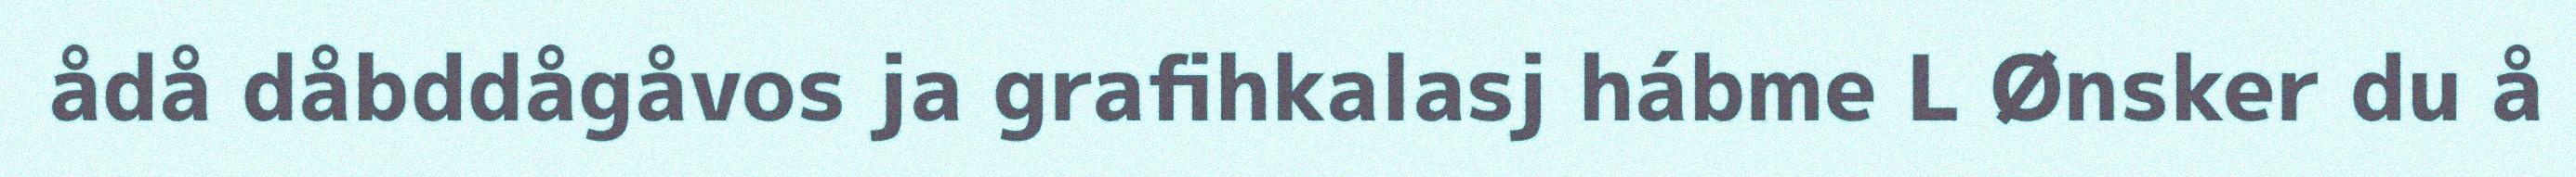
ådå dåbddågåvos ja grafihkalasj hábme L Ønsker du å